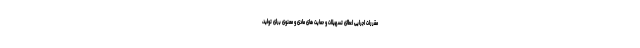
مقررات اجرایی اعطای تسهیلات و حمایت های مادی و معنوی برای تولید،